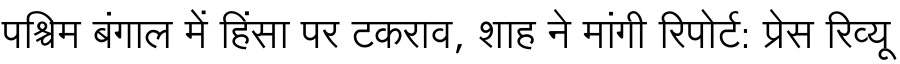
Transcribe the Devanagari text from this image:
पश्चिम बंगाल में हिंसा पर टकराव, शाह ने मांगी रिपोर्ट: प्रेस रिव्यू